Lunatic asylums Central Provinces reports 1886-1894 - 1886-1894
Year: 1886
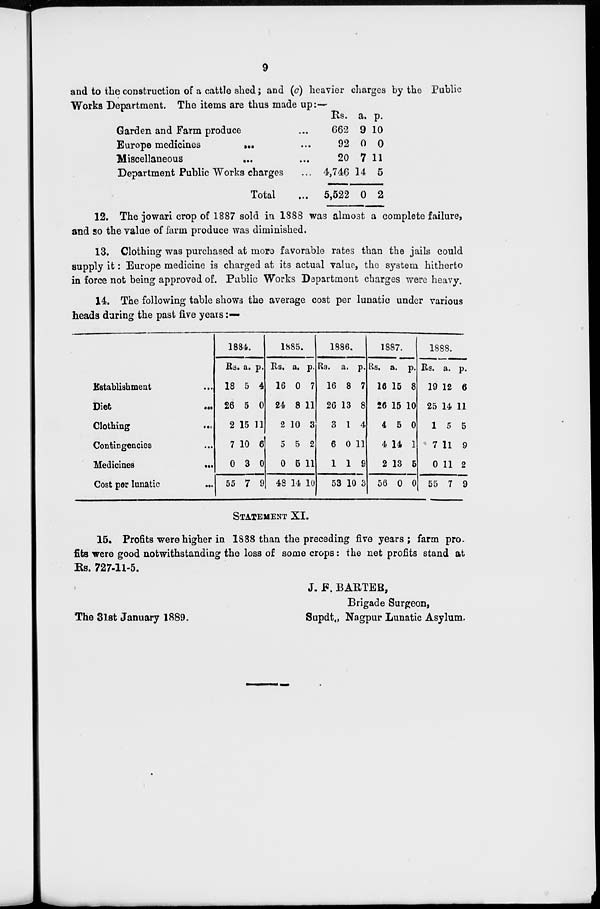
9
and to the construction of a cattle shed ; and (c) heavier charges by the Public
Works Department. The items are thus made up:—
Garden and Farm produce ...
Europe medicines
...
...
Miscellaneous ... ...
Department Public Works charges ...
Total
...
Rs.
662
92
20
4,746
5,522
a.
9
0
7
14
0
p.
10
0
11
5
2
12. The jowari crop of 1887 sold in 1888 was almost a complete failure,
and so the value of farm produce was diminished.
13. Clothing was purchased at more favorable rates than the jails could
supply it : Europe medicine is charged at its actual value, the system hitherto
in force not being approved of. Public Works Department charges were heavy.
14. The following table shows the average cost per lunatic under various
heads during the past five years:—
Establishment ...
Diet
...
Clothing
...
Contingencies ...
Medicines
...
Cost per lunatic
...
1884.
Rs.
18
26
2
7
0
55
a.
5
5
15
10
3
7
p.
4
0
11
6
0
9
1885.
Rs.
16
24
2
5
0
48
a.
0
8
10
5
5
14
p.
7
11
3
2
11
10
1886.
Rs.
16
26
3
6
1
53
a.
8
13
1
0
1
10
p.
7
8
4
11
9
3
1887.
Rs.
16
26
4
4
2
56
a.
15
15
5
14
13
0
p.
8
10
0
1
5
0
1888.
Rs.
19
25
1
7
0
55
a.
12
14
5
11
11
7
p.
6
11
5
9
2
9
STATEMENT XI.
15. Profits were higher in 1888 than the preceding five years; farm pro-
fits were good notwithstanding the loss of some crops : the net profits stand at
Rs. 727-11-5.
J. F. BARTER,
Brigade Surgeon,
The 31st January 1889.
Supdt., Nagpur Lunatic Asylum.